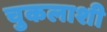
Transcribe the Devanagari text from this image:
चुकलाशी